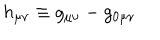
h _ { \mu \nu } \equiv g _ { \mu \nu } - g _ { 0 \mu \nu }